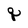
Character: q